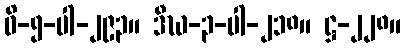
ဝိ-၅-ပါ-၂၉၃။ ဒီဃ-၃-ပါ-၂၁၈။ ဋ္ဌ-၂၂၈။